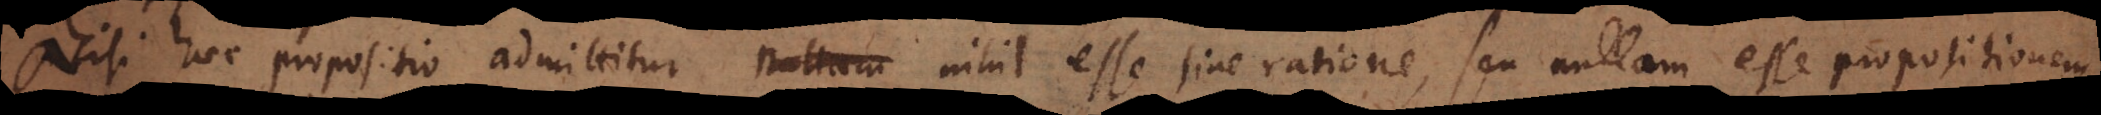
Nisi haec propositio admittitur nullam nihil esse sine ratione, seu nullam esse propositionem,